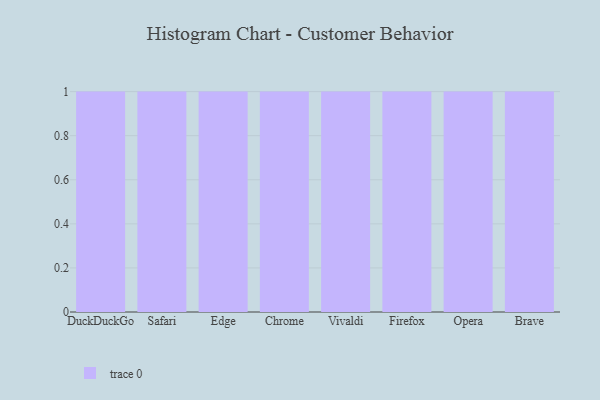
{"axis": {"x": "Browser", "y": "Demand Index"}, "legend": [""], "data": [{"x": "DuckDuckGo", "y": 66, "type": ""}, {"x": "Safari", "y": 71, "type": ""}, {"x": "Edge", "y": 71, "type": ""}, {"x": "Chrome", "y": 40, "type": ""}, {"x": "Vivaldi", "y": 27, "type": ""}, {"x": "Firefox", "y": 97, "type": ""}, {"x": "Opera", "y": 37, "type": ""}, {"x": "Brave", "y": 89, "type": ""}]}